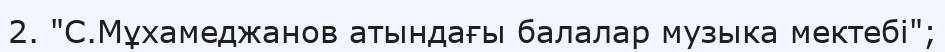
2. "С.Мұхамеджанов атындағы балалар музыка мектебі";